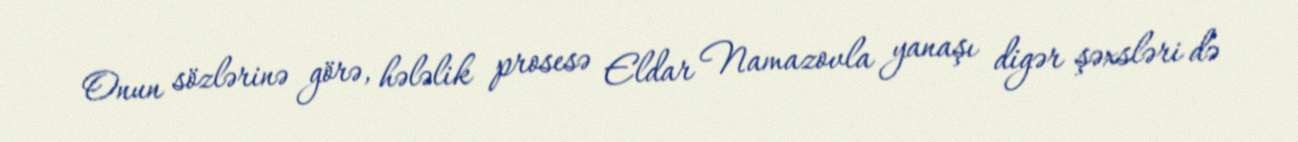
Onun sözlərinə görə, hələlik prosesə Eldar Namazovla yanaşı digər şəxsləri də